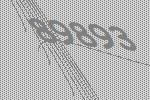
89893